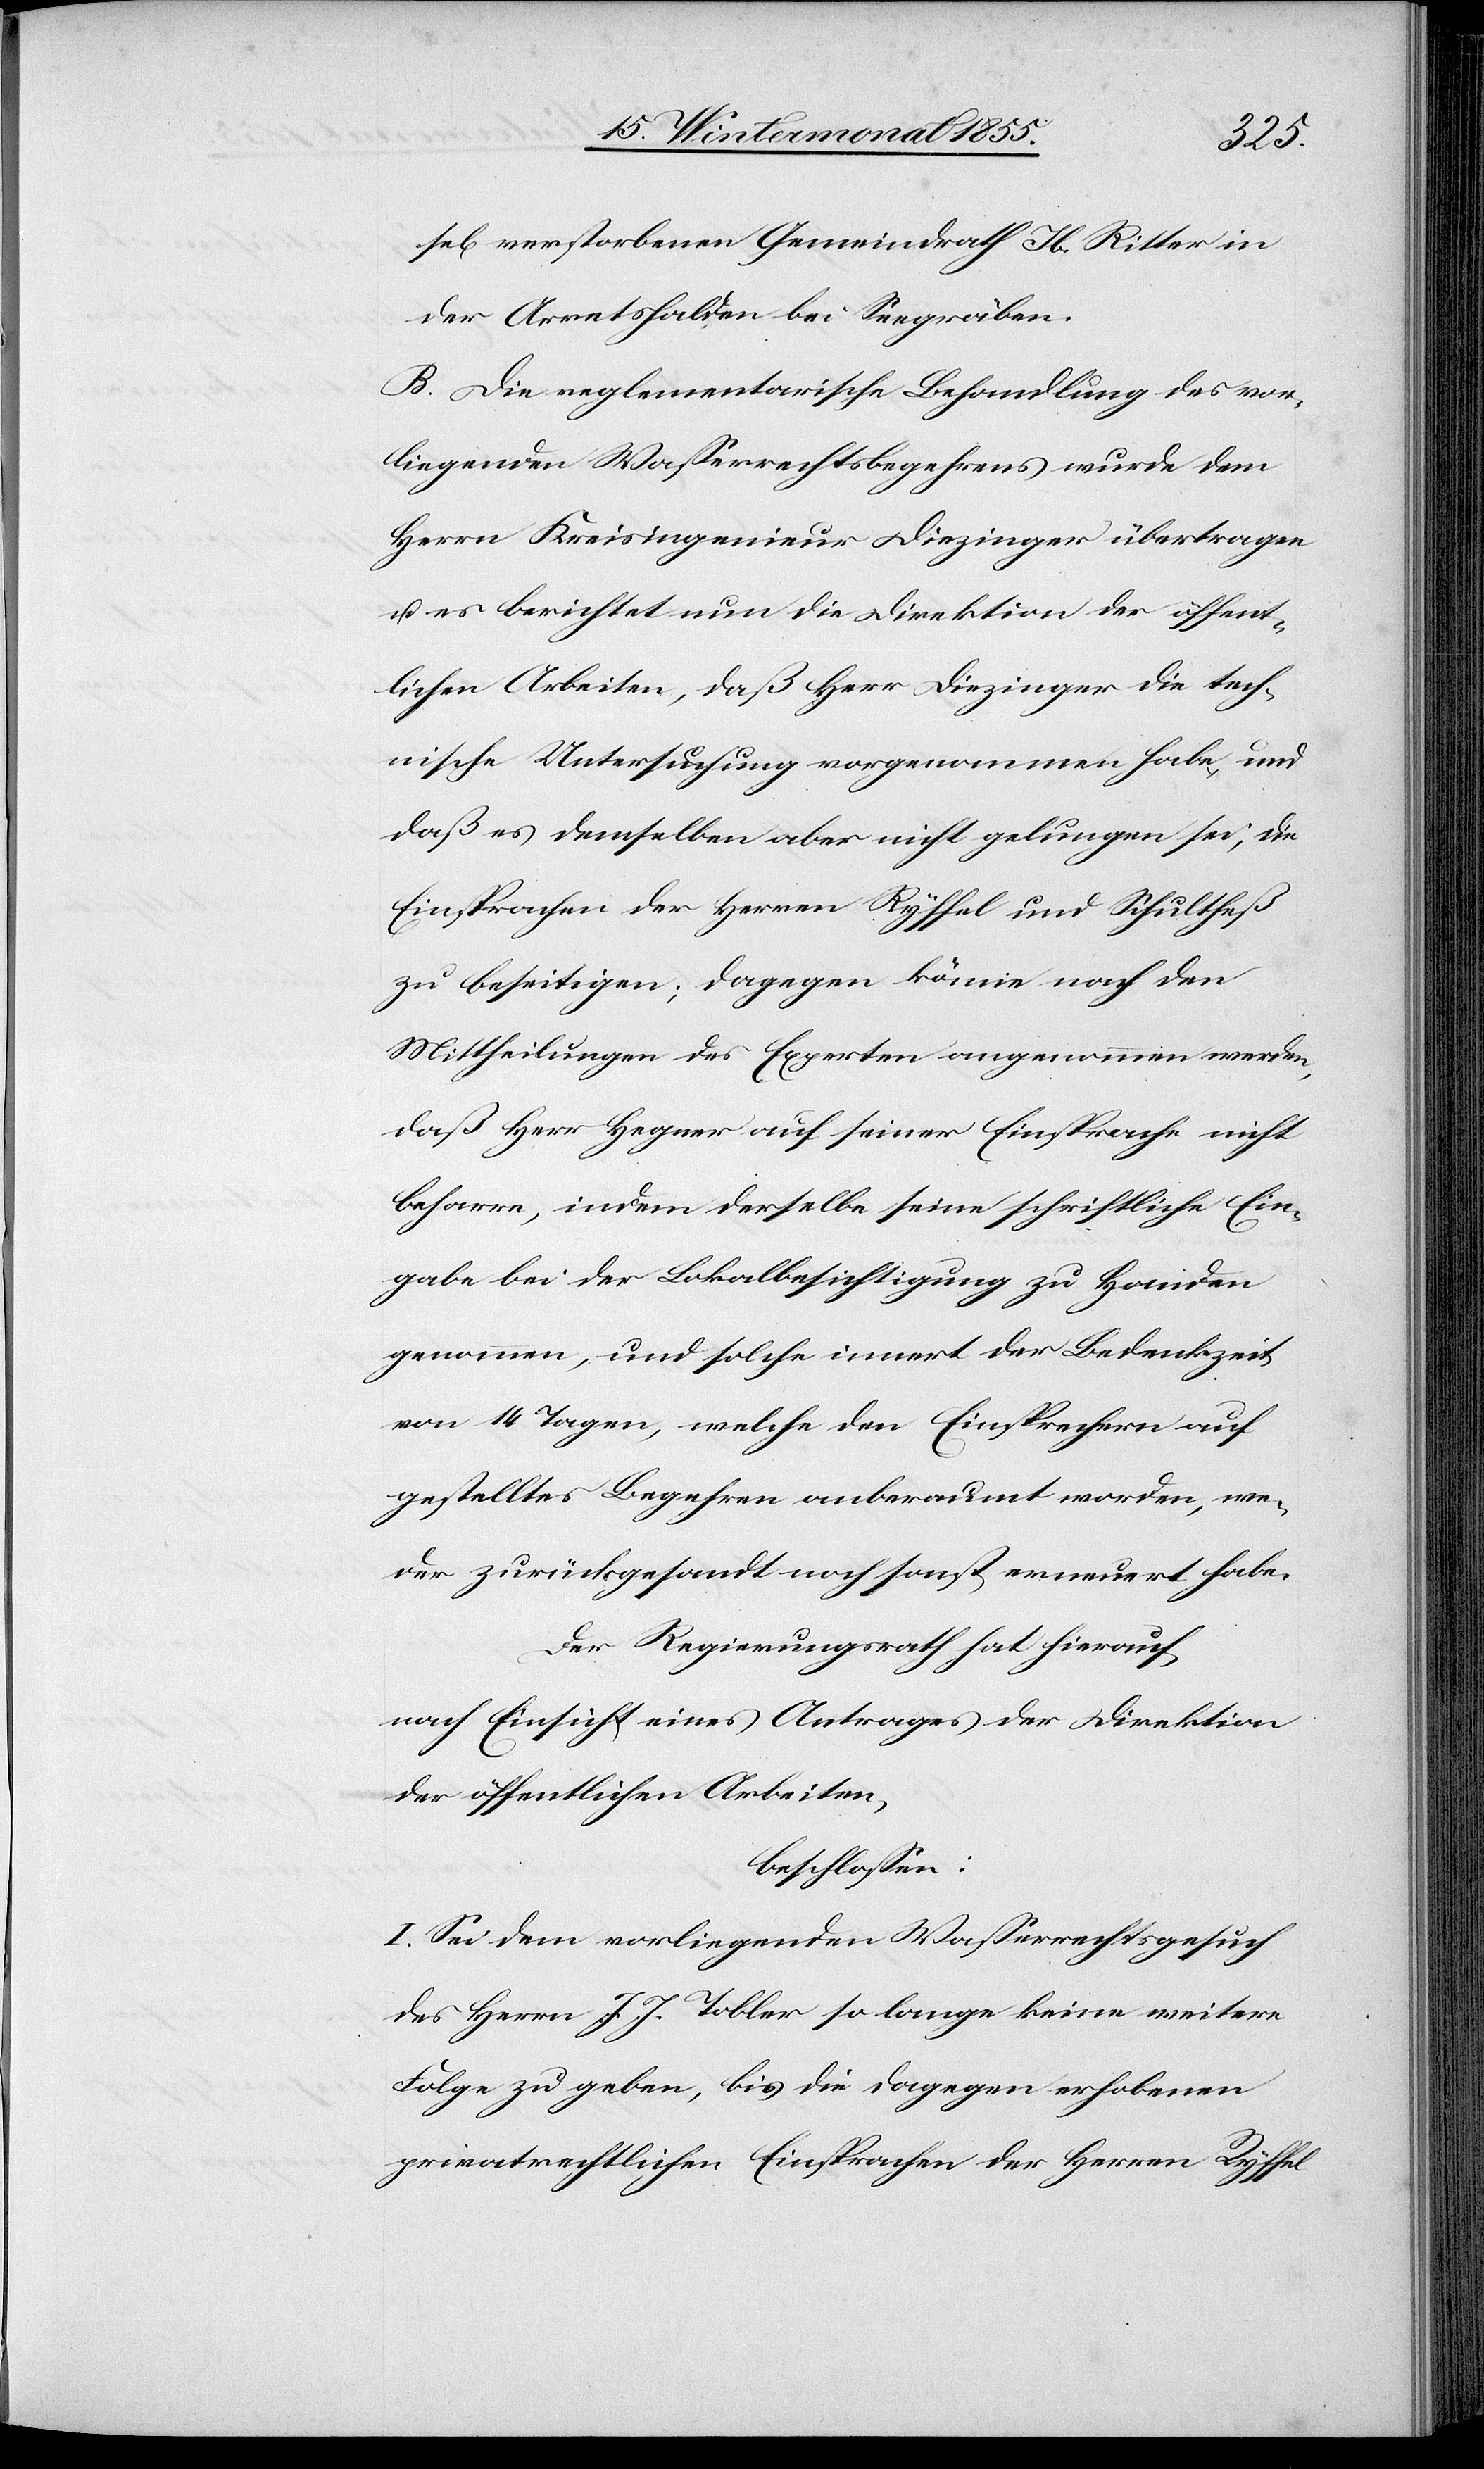
sel[ig] verstorbenen Gemeindrath Jb. Ritter in
der Arretshalden bei Seegräben.
B. Die reglementarische Behandlung des vor¬
liegenden Wasserrechtsbegehrens wurde dem
Herrn Kreisingenieur Diezinger übertragen
u. es berichtet nun die Direktion der öffent¬
lichen Arbeiten, daß Herr Diezinger die tech¬
nische Untersuchung vorgenommen habe, und
daß es demselben aber nicht gelungen sei, die
Einsprachen der Herren Ryffel und Schultheß
zu beseitigen; dagegen könne nach den
Mittheilungen des Experten angenommen werden,
daß Herr Hegner auf seiner Einsprache nicht
beharre, indem derselbe seine schriftliche Ein¬
gabe bei der Lokalbesichtigung zu Handen
genommen, und solche innert der Bedenkzeit
von 14 Tagen, welche den Einsprechern auf
gestelltes Begehren anberaumt worden, we¬
der zurückgesandt noch sonst erneuert habe.
Der Regierungsrath hat hierauf,
nach Einsicht eines Antrages der Direktion
der öffentlichen Arbeiten,
beschlossen:
I. Sei dem vorliegenden Wasserrechtsgesuch
des Herrn J. J. Tobler so lange keine weitere
Folge zu geben, bis die dagegen erhobenen
privatrechtlichen Einsprachen der Herren Ryffel